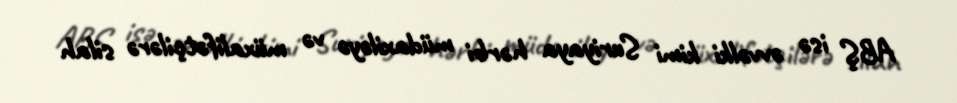
ABŞ isə əvvəlki kimi Suriyaya hərbi müdaxiləyə və müxalifətçilərə silah